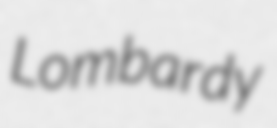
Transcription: Lombardy